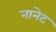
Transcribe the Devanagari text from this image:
नानेट